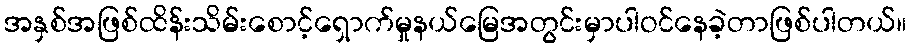
အနှစ်အဖြစ်ထိန်းသိမ်းစောင့်ရှောက်မှုနယ်မြေအတွင်းမှာပါဝင်နေခဲ့တာဖြစ်ပါတယ်။